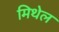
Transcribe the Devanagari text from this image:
मिथेल